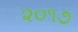
૨૦૧૭